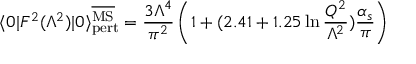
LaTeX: \langle 0 | F ^ { 2 } ( \Lambda ^ { 2 } ) | 0 \rangle _ { \mathrm { p e r t } } ^ { \overline { { \mathrm { M S } } } } = { \frac { 3 \Lambda ^ { 4 } } { \pi ^ { 2 } } } \left( 1 + ( 2 . 4 1 + 1 . 2 5 \ln { \frac { Q ^ { 2 } } { \Lambda ^ { 2 } } } ) { \frac { \alpha _ { s } } { \pi } } \right)